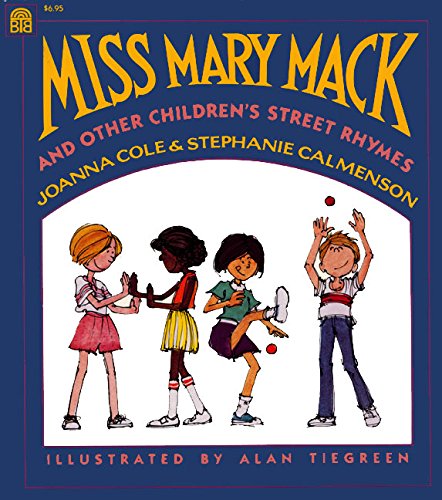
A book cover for Miss Mary Mack and Other Children's Street Rhymes; Joanna Cole; Children's Books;